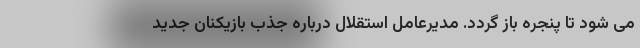
می شود تا پنجره باز گردد. مدیرعامل استقلال درباره جذب بازیکنان جدید